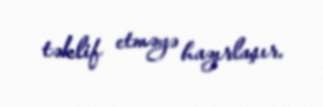
təklif etməyə hazırlaşır.